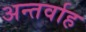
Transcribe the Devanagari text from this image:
अन्‍तर्वाह